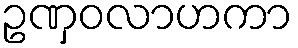
ဥဏှဝလာဟကာ